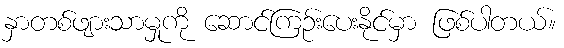
နှာတစ်ဖျားသာမှုကို ဆောင်ကြဉ်းပေးနိုင်မှာ ဖြစ်ပါတယ်။